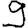
Digit: 9